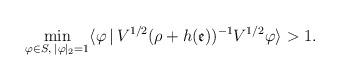
LaTeX: \begin{align*}\min\limits_{{\varphi }\in S,\;|{\varphi }|_{2}=1}\langle {\varphi }\,|\,V^{1/2}(\rho +h(\mathfrak{e}))^{-1}V^{1/2}{\varphi }\rangle >1.\end{align*}